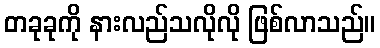
တခုခုကို နားလည်သလိုလို ဖြစ်လာသည်။